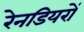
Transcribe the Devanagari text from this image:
रेनडियरों